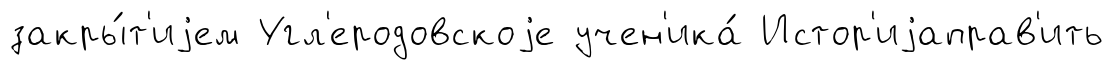
закры́т'иjем Угл'еродовскоjе учен'ика́ Истор'иjаправ'ить